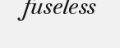
fuseless